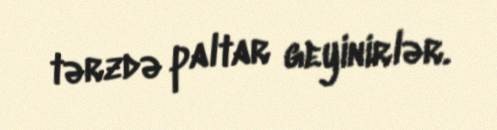
tərzdə paltar geyinirlər.